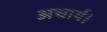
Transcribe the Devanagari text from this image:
अचार्य।